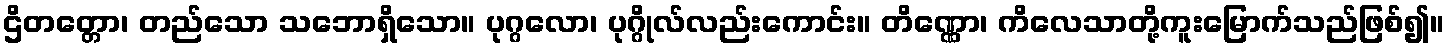
ဌိတတ္တော၊ တည်သော သဘောရှိသော။ ပုဂ္ဂလော၊ ပုဂ္ဂိုလ်လည်းကောင်း။ တိဏ္ဏော၊ ကိလေသာတို့ကူးမြောက်သည်ဖြစ်၍။